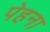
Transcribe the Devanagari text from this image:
पेहना